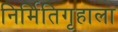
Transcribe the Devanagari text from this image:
निर्मितिगृहाला